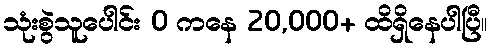
သုံးစွဲသူပေါင်း 0 ကနေ 20,000+ ထိရှိနေပါပြီ။